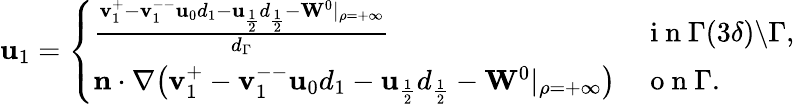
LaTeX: \begin{array}{r}{\mathbf{u}_{1}=\left\{ \begin{array}{ll}{\frac{\mathbf{v}_{1}^{+}-\mathbf{v}_{1}^{--}\mathbf{u}_{0}d_{1}-\mathbf{u}_{\frac{1}{2}}d_{\frac{1}{2}}-\mathbf{W}^{0}|_{\rho=+\infty}}{d_{\Gamma}}}&{\mathrm{~i~n~}\Gamma(3\delta)\backslash\Gamma,}\\ {\mathbf{n}\cdot\nabla\big(\mathbf{v}_{1}^{+}-\mathbf{v}_{1}^{--}\mathbf{u}_{0}d_{1}-\mathbf{u}_{\frac{1}{2}}d_{\frac{1}{2}}-\mathbf{W}^{0}|_{\rho=+\infty}\big)}&{\mathrm{~o~n~}\Gamma.}\end{array}\right.}\end{array}